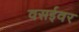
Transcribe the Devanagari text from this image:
वसईवर